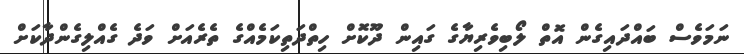
ނަމަވެސް ބައްދައިގެން އޮތް ލޯބިވެރިޔާގެ ގައިން ދޫކޮށް ހިތްދަތިކަމެއްގެ ތެރެއަށް ވަދެ ގެއްލިގެންދާކަށް